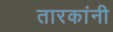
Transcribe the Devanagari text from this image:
तारकांनी